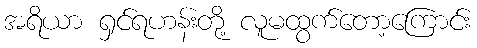
အရိယာ ရှင်ရဟန်းတို့ လူမထွက်တော့ကြောင်း